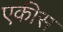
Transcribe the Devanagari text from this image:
एकीस